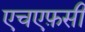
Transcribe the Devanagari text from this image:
एचएफ़सी